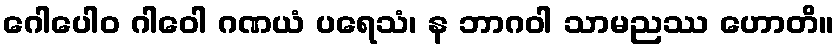
ဂေါပေါဝ ဂါဝေါ ဂဏယံ ပရေသံ၊ န ဘာဂဝါ သာမညဿ ဟောတိ။